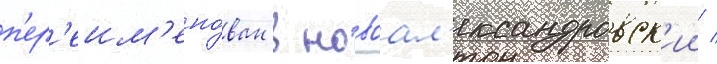
п'ер'еим'ено́ван в новоал'ександровск'ии /